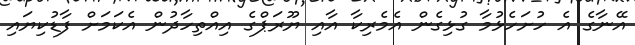
އޭނާގެ އެ ހުށަހެޅުމާ ގުޅިގެން އެމެރިކާ އާއި ޔޫރަޕްގެ އިއްތިހާދުން އެކަމަށް ފާޑުކިޔައި